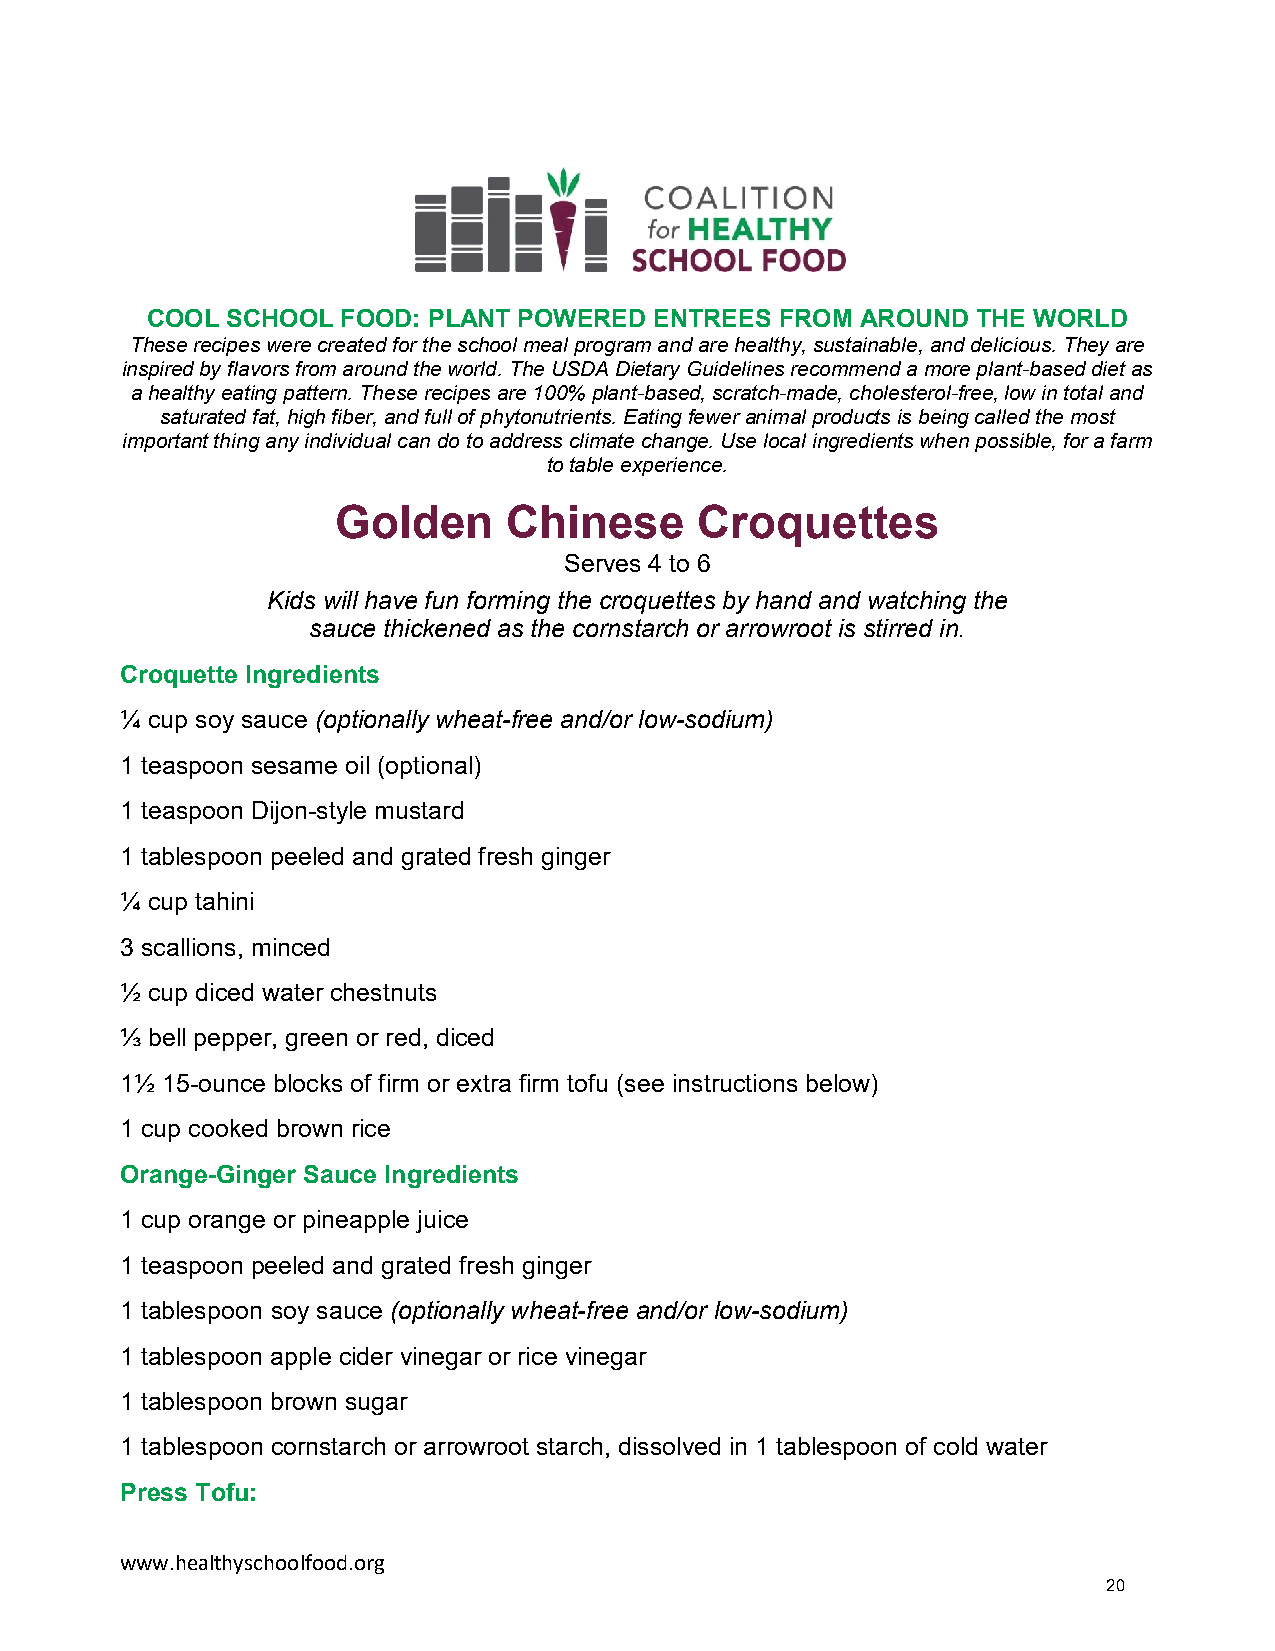
COOL SCHOOL  FOOD: PLANT POWERED ENTREES  FROM AROUND  THE WORLD
 These recipes were created for the school meal program and are healthy, sustainable, and delicious. They are
 inspired by flavors from around the world. The USDA Dietary Guidelines recommend a more plant-based diet as
 a healthy eating pattern. These recipes are 100% plant-based, scratch-made, cholesterol-free, low in total and
 saturated fat, high fiber, and full of phytonutrients. Eating fewer animal products is being called the most
 important thing any individual can do to address climate change. Use local ingredients when possible, for a farm
 to table experience.
 Golden      Chinese     Croquettes
 Serves 4 to 6
 Kids will have fun forming the croquettes by hand and watching the
 sauce thickened as the cornstarch or arrowroot is stirred in.
 Croquette Ingredients
 ¼ cup soy sauce (optionally wheat-free and/or low-sodium)
 1 teaspoon sesame oil (optional)
 1 teaspoon Dijon-style mustard
 1 tablespoon peeled and grated fresh ginger
 ¼ cup tahini
 3 scallions, minced
 ½ cup diced water chestnuts
 ⅓ bell pepper, green or red, diced
 1½ 15-ounce blocks of firm or extra firm tofu (see instructions below)
 1 cup cooked brown rice
 Orange-Ginger Sauce Ingredients
 1 cup orange or pineapple juice
 1 teaspoon peeled and grated fresh ginger
 1 tablespoon soy sauce (optionally wheat-free and/or low-sodium)
 1 tablespoon apple cider vinegar or rice vinegar
 1 tablespoon brown sugar
 1 tablespoon cornstarch or arrowroot starch, dissolved in 1 tablespoon of cold water
 Press Tofu:
 www.healthyschoolfood.org
 20